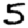
Digit: 5